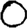
Digit: 0